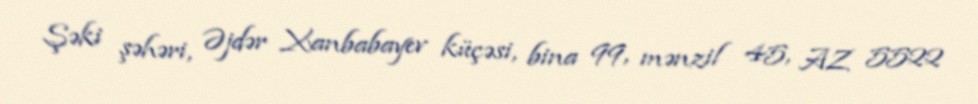
Şəki şəhəri, Əjdər Xanbabayev küçəsi, bina 99, mənzil 45, AZ 5522